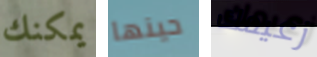
يمكنك حينها زعيمك